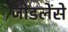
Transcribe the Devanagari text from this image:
जोडलेंसे